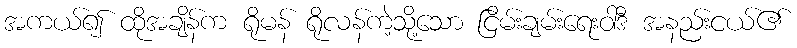
အကယ်၍ ထိုအချိန်က ရိုမန် ရိုလန်ကဲ့သို့သော ငြိမ်းချမ်းရေးဝါဒီ အနည်းငယ်၏